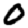
Digit: 0